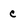
Character: c